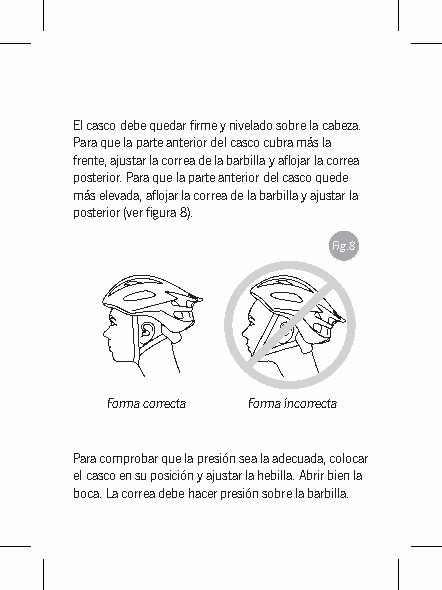
El casco debe quedar firme y nivelado sobre la cabeza.
 Para que la parte anterior del casco cubra más la
 frente, ajustar la correa de la barbilla y aflojar la correa
 posterior. Para que la parte anterior del casco quede
 más elevada, aflojar la correa de la barbilla y ajustar la
 posterior (ver figura 8).
 Fig.8
 Forma correcta Forma incorrecta
 Para comprobar que la presión sea la adecuada, colocar
 el casco en su posición y ajustar la hebilla. Abrir bien la
 boca. La correa debe hacer presión sobre la barbilla.